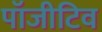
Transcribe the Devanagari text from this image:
पॉजीटिव